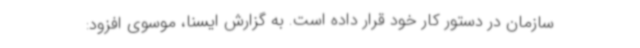
سازمان در دستور کار خود قرار داده است. به گزارش ایسنا، موسوی افزود: